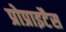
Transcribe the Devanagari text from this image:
प्रोप्राइटैस